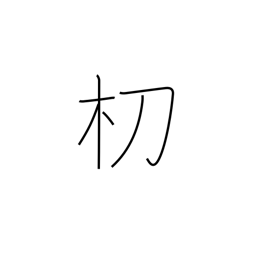
Meaning: type of tree